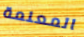
المعلمة